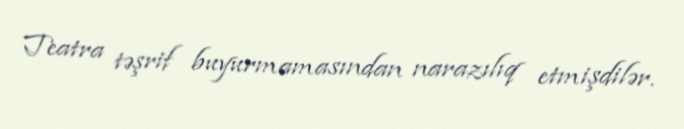
Teatra təşrif buyurmamasından narazılıq etmişdilər.